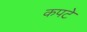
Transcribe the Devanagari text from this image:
कपटे